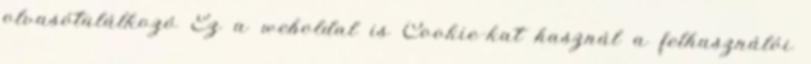
olvasótalálkozó Ez a weboldal is Cookie-kat használ a felhasználói